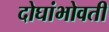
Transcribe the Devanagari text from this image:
दोघांभोवती